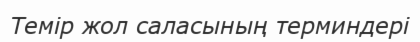
Темір жол саласының терминдері